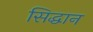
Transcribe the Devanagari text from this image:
सिद्धान